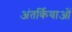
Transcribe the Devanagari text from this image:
अंतर्कियाओं